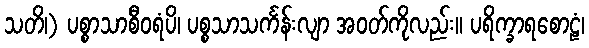
သတိ၊) ပစ္စာသာစီဝရံပိ၊ ပစ္စသာသင်္ကန်းလျာ အဝတ်ကိုလည်း။ ပရိက္ခာရစောဠံ၊